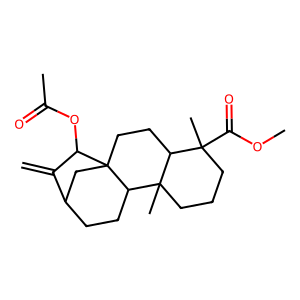
SMILES: C=C1C2CCC3C4(C)CCCC(C)(C(=O)OC)C4CCC3(C2)C1OC(C)=O
Inhibits HIV replication: No